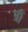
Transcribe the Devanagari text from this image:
भ्रौं